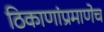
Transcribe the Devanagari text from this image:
ठिकाणांप्रमाणेच